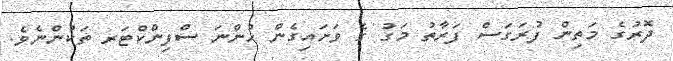
ދޮރުގެ މަތިން ފުރަގަސް ފަރާތު މަގު ގެ ވަށައިގެން ހުންނަ ސްފިންކްޓަރ ތަކުންނެވެ.